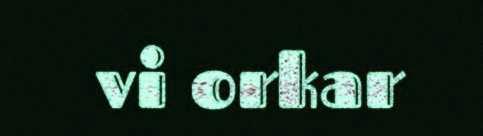
vi orkar